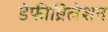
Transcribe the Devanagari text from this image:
डेफीब्रिलेशन